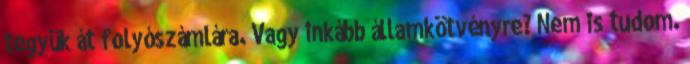
tegyük át folyószámlára. Vagy inkább államkötvényre? Nem is tudom.